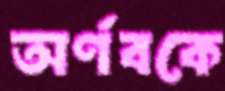
অর্ণবকে